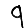
Digit: 9